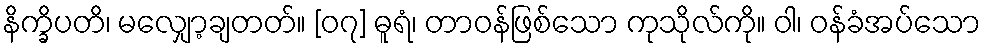
နိက္ခိပတိ၊ မလျှော့ချတတ်။ [၀၇] ဓူရံ၊ တာဝန်ဖြစ်သော ကုသိုလ်ကို။ ဝါ၊ ဝန်ခံအပ်သော